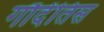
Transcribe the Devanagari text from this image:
गौदेंतिस